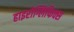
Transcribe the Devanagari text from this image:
हाइरोग्लिफिक्स